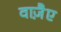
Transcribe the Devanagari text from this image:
वाजै़ए